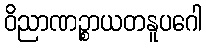
ဝိညာဏဉ္စာယတနူပဂေါ